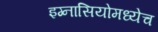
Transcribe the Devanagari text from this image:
इग्नासियोमध्येच